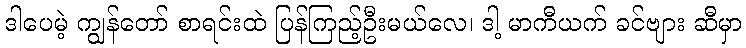
ဒါပေမဲ့ ကျွန်တော် စာရင်းထဲ ပြန်ကြည့်ဦးမယ်လေ၊ ဒါ့ မာကီယက် ခင်ဗျား ဆီမှာ